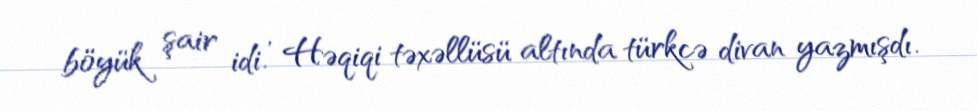
böyük şair idi. , Həqiqi təxəllüsü altında türkcə divan yazmışdı.